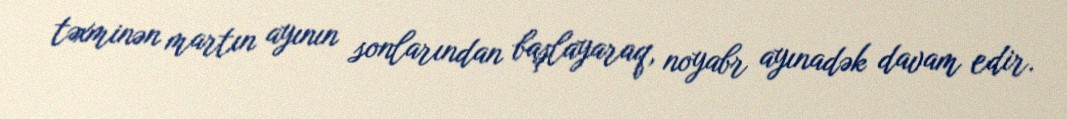
təxminən martın ayının sonlarından başlayaraq, noyabr ayınadək davam edir.